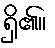
ရှိ၏။